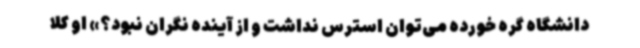
دانشگاه گره خورده می‌توان استرس نداشت و از آینده نگران نبود؟» او کلا